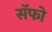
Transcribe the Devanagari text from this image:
सॅफो